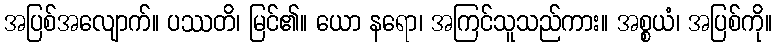
အပြစ်အလျောက်။ ပဿတိ၊ မြင်၏။ ယော နရော၊ အကြင်သူသည်ကား။ အစ္စယံ၊ အပြစ်ကို။